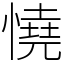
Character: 憢